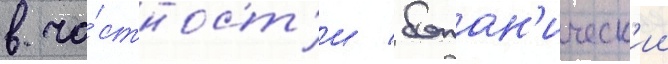
в ча́стност'и / ботан'ическ'ии